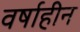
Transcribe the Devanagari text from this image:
वर्षाहीन